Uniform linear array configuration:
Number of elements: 12
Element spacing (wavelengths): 0.25
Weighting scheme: binomial
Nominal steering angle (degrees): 60
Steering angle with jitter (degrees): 59.946
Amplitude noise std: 0.05
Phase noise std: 0.05

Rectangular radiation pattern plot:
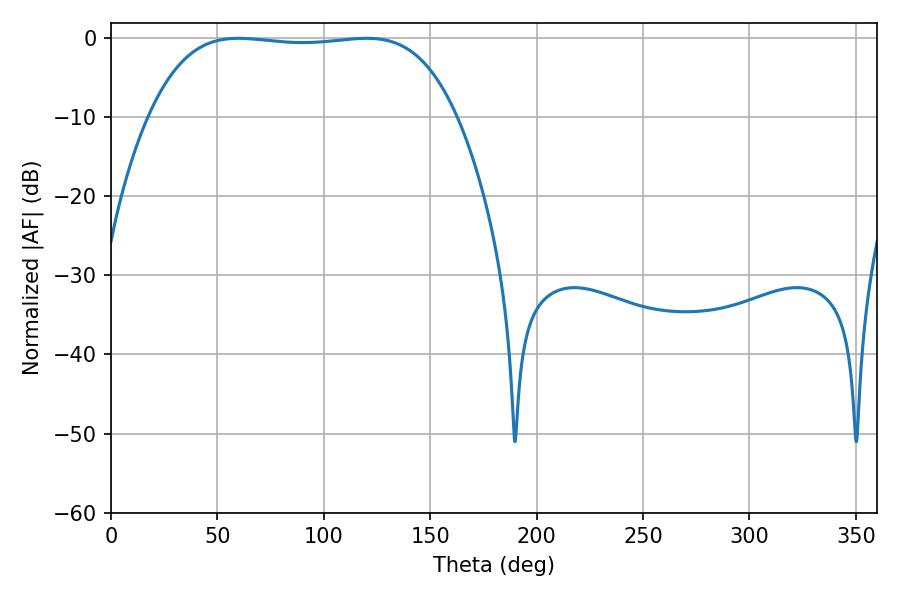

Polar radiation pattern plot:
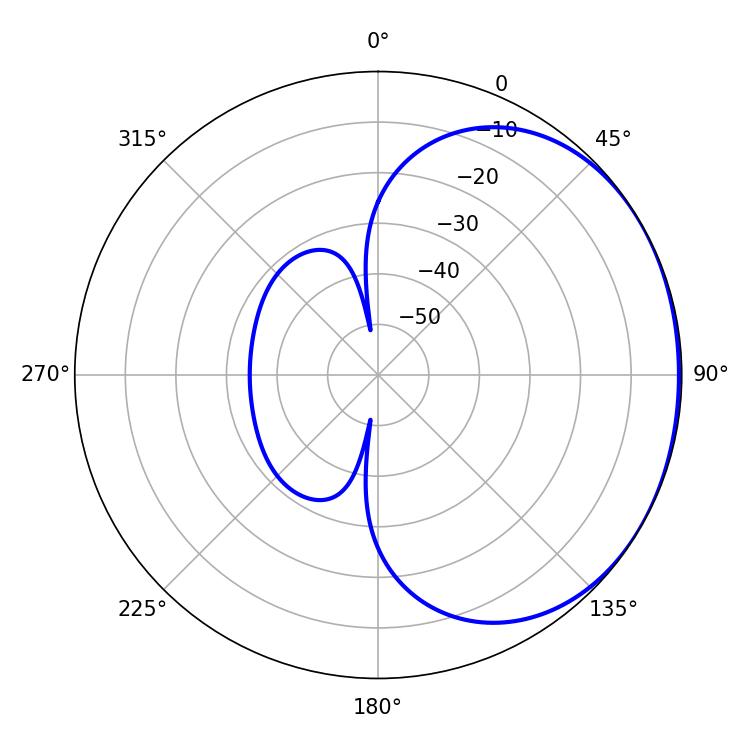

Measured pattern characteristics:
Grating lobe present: FALSE
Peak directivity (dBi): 1.02
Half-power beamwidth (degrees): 113.4
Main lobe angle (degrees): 59.76